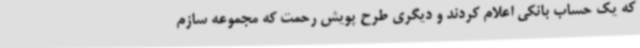
که یک حساب بانکی اعلام کردند و دیگری طرح پویش رحمت که مجموعه سازم